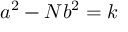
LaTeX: a ^ { 2 } - N b ^ { 2 } = k